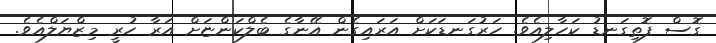
ގޮސް ފޮތިގަނޑު ކަހާލިއެވެ. ހަރުގަނޑަކަށް އަރައިގެން އޭނާގެ ބެލްކަންޏަށް އަރާ ހުރީ މިޒްޔަލްއެވެ.